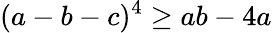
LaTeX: (a-b-c)^{4}\geq ab-4a